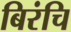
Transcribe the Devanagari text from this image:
बिरंचि